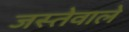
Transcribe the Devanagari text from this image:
जस्तेवाले